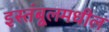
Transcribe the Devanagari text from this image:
इस्तंबूलमधील